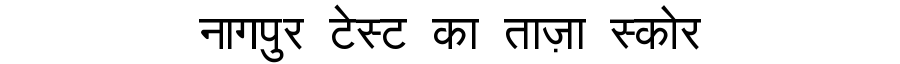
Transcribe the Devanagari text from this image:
नागपुर टेस्ट का ताज़ा स्कोर